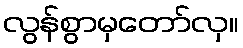
လွန်စွာမှတော်လှ။